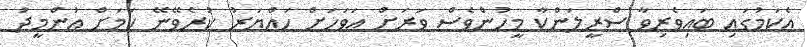
އެކަމުގައި ބައިވެރިވާ ސްރީލަންކާ މީހުންވެސް ވަރަށް އަވަހަށް ހައްޔަރު ކުރެވޭނޭ ކަމަށް އުންމީދު